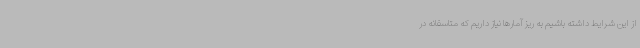
از این شرایط داشته باشیم به ریز آمارها نیاز داریم که متاسفانه در